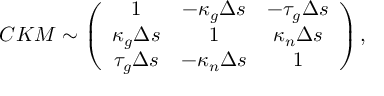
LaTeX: C K M \sim \left( \begin{array} { c c c } { { 1 } } & { { - \kappa _ { g } \Delta s } } & { { - \tau _ { g } \Delta s } } \\ { { \kappa _ { g } \Delta s } } & { { 1 } } & { { \kappa _ { n } \Delta s } } \\ { { \tau _ { g } \Delta s } } & { { - \kappa _ { n } \Delta s } } & { { 1 } } \end{array} \right) ,